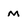
Character: m